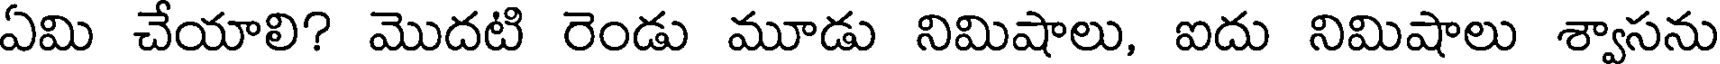
ఏమి చేయాలి? మొదటి రెండు మూడు నిమిషాలు, ఐదు నిమిషాలు శ్వాసను